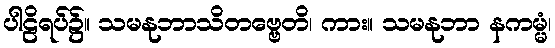
ပါဠိရပ်၌။ သမနုဘာသိတဗ္ဗေတိ၊ ကား။ သမနုဘာ နကမ္မံ၊